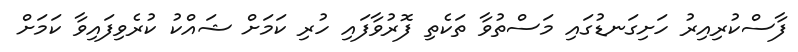
ފާސްކުރިއިރު ހަށިގަނޑުގައި މަސްތުވާ ތަކެތި ފޮރުވާފައި ހުރި ކަމަށް ޝައްކު ކުރެވިފައިވާ ކަމަށް